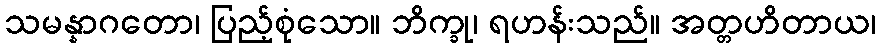
သမန္နာဂတော၊ ပြည့်စုံသော။ ဘိက္ခု၊ ရဟန်းသည်။ အတ္တဟိတာယ၊